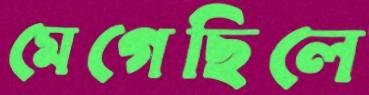
মেগেছিলে